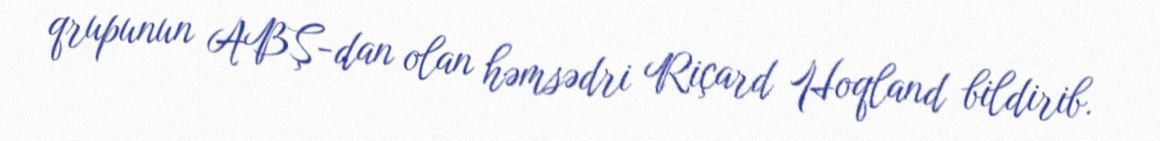
qrupunun ABŞ-dan olan həmsədri Riçard Hoqland bildirib.